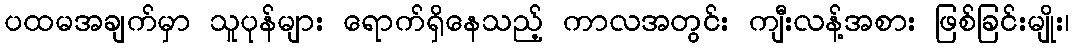
ပထမအချက်မှာ သူပုန်များ ရောက်ရှိနေသည့် ကာလအတွင်း ကျီးလန့်အစား ဖြစ်ခြင်းမျိုး၊